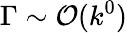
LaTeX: \Gamma\sim{\cal O}(k^{0})